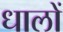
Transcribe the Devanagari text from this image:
धालों